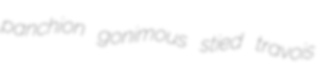
panchion gonimous stied travois